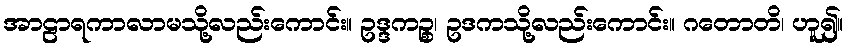
အာဠာရကာလာမသို့လည်းကောင်း။ ဥဒ္ဒကဉ္စ၊ ဥဒကသို့လည်းကောင်း။ ဂတောတိ၊ ဟူ၍။